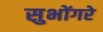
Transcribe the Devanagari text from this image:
सुभोंगरे